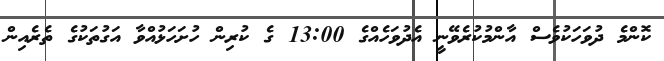
ކޮންމެ ދުވަހަކުވެސް އާންމުކުރެވޭނީ އެދުވަހެއްގެ 13:00 ގެ ކުރިން ހުށަހަޅުއްވާ އަގުތަކުގެ ތެރެއިން